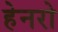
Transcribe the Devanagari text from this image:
हेनरो